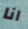
انا